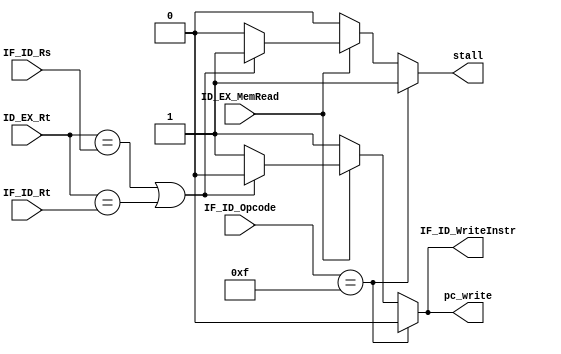
module HDU(IF_ID_Opcode, IF_ID_Rs, IF_ID_Rt, ID_EX_Rt, ID_EX_MemRead, pc_write, IF_ID_WriteInstr, stall);

input [3:0] IF_ID_Opcode, IF_ID_Rs, IF_ID_Rt, ID_EX_Rt;
input ID_EX_MemRead;

output reg pc_write, IF_ID_WriteInstr, stall;

localparam ON  = 1'b1;
localparam OFF = 1'b0;

always @(*) begin
	if (IF_ID_Opcode == 4'b1111) begin //IF current opcode is HLT, then stall
		pc_write = OFF;
		IF_ID_WriteInstr = OFF;
		stall = ON;
	end else if (ID_EX_MemRead) begin //in the event ID/EX is reading from mem
		//IF the target currently in ID/EX is the same as the source of IF/ID
		//OR if the target of ID/ED is the same as the target of the IF/ID 
		//then stall and do not write
		if (ID_EX_Rt == IF_ID_Rs || ID_EX_Rt == IF_ID_Rt) begin
					pc_write = OFF;
					IF_ID_WriteInstr = OFF;
					stall = ON;
		end else begin //hazard condition not met
					pc_write = ON;
					IF_ID_WriteInstr = ON;
					stall = OFF;
		end
	end else begin //no hazard found
		pc_write = ON;
		IF_ID_WriteInstr = ON;
		stall = OFF;
	end
end

endmodule